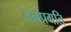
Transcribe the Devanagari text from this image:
जनप्रगति